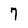
Character: 7